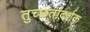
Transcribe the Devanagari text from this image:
तुच्छतादर्शक